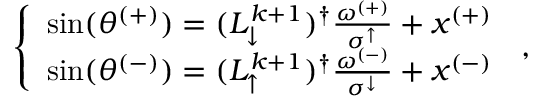
\begin{array} { r } { \left\{ \begin{array} { l l } { \sin ( \theta ^ { ( + ) } ) = ( L _ { \downarrow } ^ { k + 1 } ) ^ { \dagger } \frac { \omega ^ { ( + ) } } { \sigma ^ { \uparrow } } + x ^ { ( + ) } } \\ { \sin ( \theta ^ { ( - ) } ) = ( L _ { \uparrow } ^ { k + 1 } ) ^ { \dagger } \frac { \omega ^ { ( - ) } } { \sigma ^ { \downarrow } } + x ^ { ( - ) } } \end{array} \right. \, , } \end{array}